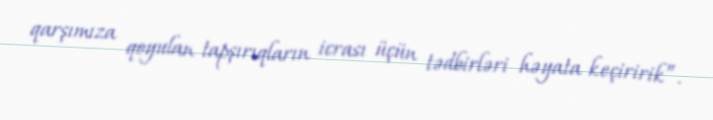
qarşımıza qoyulan tapşırıqların icrası üçün tədbirləri həyata keçiririk”.